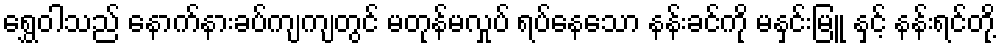
ရွှေဝါသည် နောက်နားခပ်ကျကျတွင် မတုန်မလှုပ် ရပ်နေသော နန်းခင်ကို မနှင်းမြူ နှင့် နန်းရင်တို့